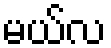
မယ်လ